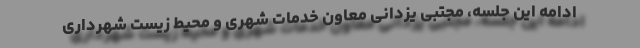
ادامه این جلسه، مجتبی یزدانی معاون خدمات شهری و محیط زیست شهرداری